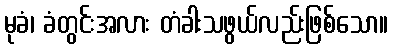
မုခံ၊ ခံတွင်းအလား တံခါးသဖွယ်လည်းဖြစ်သော။